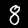
Label: 8